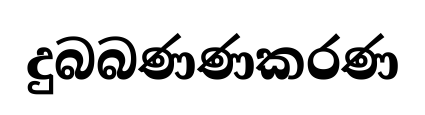
දුබබණණකරණ